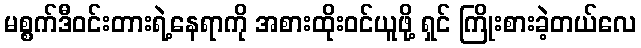
မစ္စက်ဒီဝင်းတားရဲ့နေရာကို အစားထိုးဝင်ယူဖို့ ရှင် ကြိုးစားခဲ့တယ်လေ